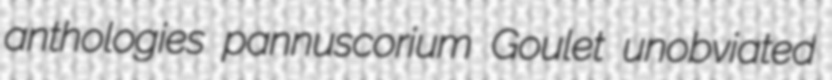
anthologies pannuscorium Goulet unobviated